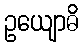
ဥယျောဓိ